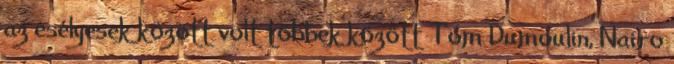
az esélyesek között volt többek között Tom Dumoulin, Nairo